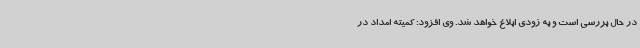
در حال بررسی است و به زودی ابلاغ خواهد شد. وی افزود: کمیته امداد در